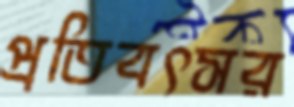
প্রতিবৎসর